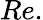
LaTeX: Re.